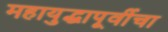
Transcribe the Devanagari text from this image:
महायुद्धापूर्वीचा